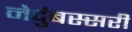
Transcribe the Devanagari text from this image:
नेदुंबस्सरी